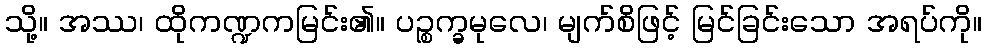
သို့။ အဿ၊ ထိုကဏ္ဍကမြင်း၏။ ပဉ္စက္ခမုလေ၊ မျက်စိဖြင့် မြင်ခြင်းသော အရပ်ကို။